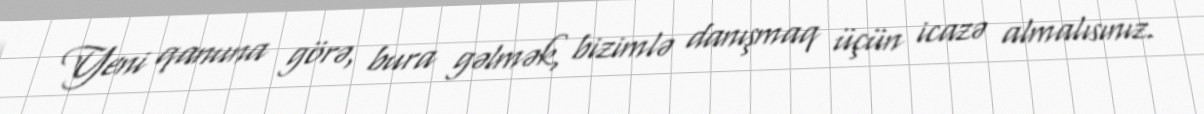
Yeni qanuna görə, bura gəlmək, bizimlə danışmaq üçün icazə almalısınız.